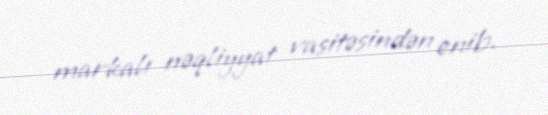
markalı nəqliyyat vasitəsindən enib.